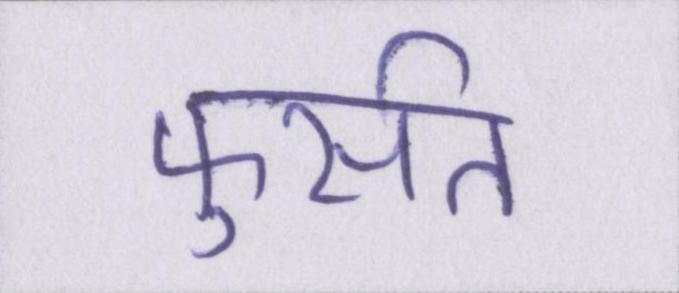
फुर्सत